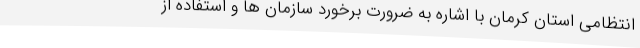
انتظامی استان کرمان با اشاره به ضرورت برخورد سازمان ها و استفاده از